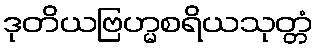
ဒုတိယဗြဟ္မစရိယသုတ္တံ